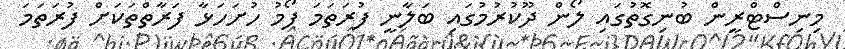
މިނިސްޓްރީން ބުނިގޮތުގައި ލޯން ދޫކުރުމުގައި ބަލާނީ ފުރަތަމަ ފޯމު ހުށަހަޅާ ފަރާތްތަކަށް ފުރަތަމަ